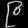
Digit: ၉